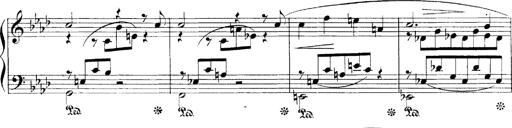
Title: LiebestrÃ¤ume
Composer: Franz Behr
Key: E-flat major